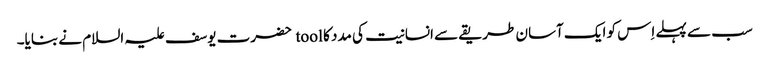
سب سے پہلے اِس کو ایک آسان طریقے سے انسانیت کی مدد کا tool حضرت یوسف علیہ السلام نے بنایا۔